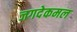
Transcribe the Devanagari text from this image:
जगदेकमल